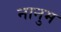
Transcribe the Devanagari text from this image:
नानुम